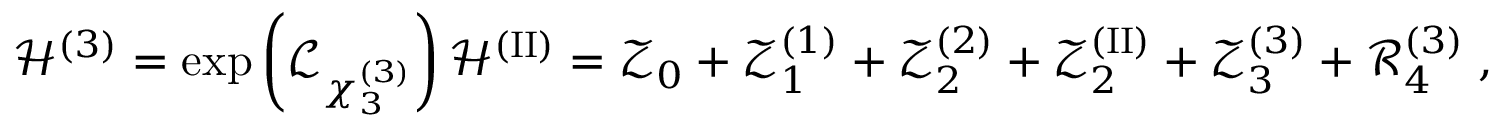
\mathscr { H } ^ { ( 3 ) } = \exp \left( \mathcal { L } _ { \chi _ { 3 } ^ { ( 3 ) } } \right) \mathscr { H } ^ { ( \mathrm { I I } ) } = \mathscr { Z } _ { 0 } + \mathscr { Z } _ { 1 } ^ { ( 1 ) } + \mathscr { Z } _ { 2 } ^ { ( 2 ) } + \mathscr { Z } _ { 2 } ^ { ( \mathrm { I I } ) } + \mathscr { Z } _ { 3 } ^ { ( 3 ) } + \mathscr { R } _ { 4 } ^ { ( 3 ) } \; ,